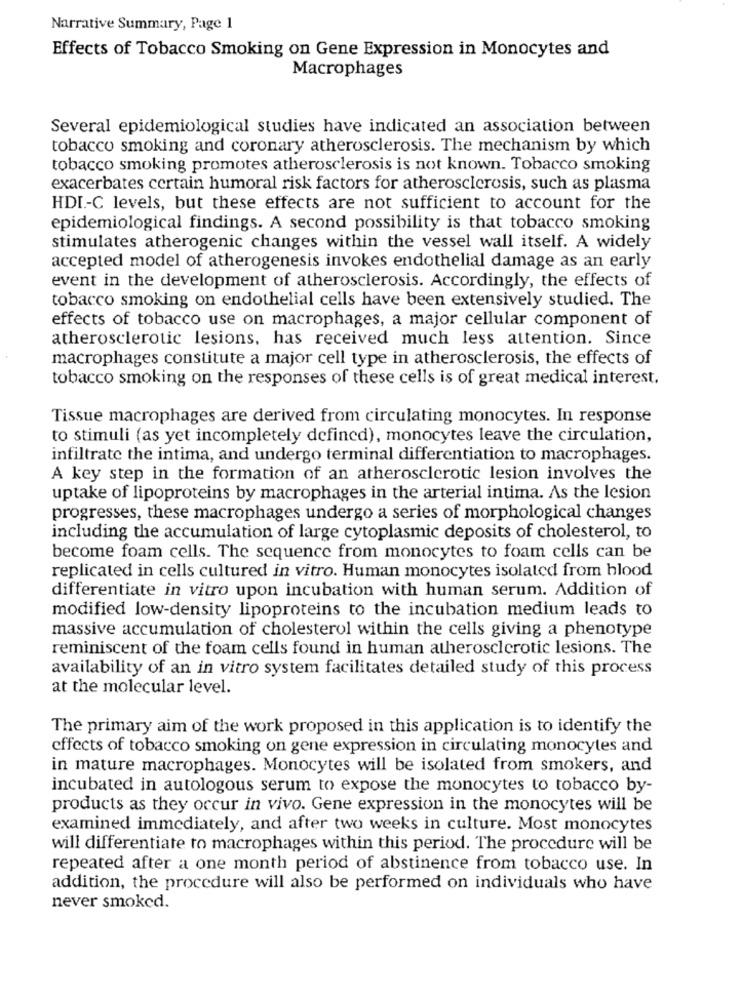
Narrative Summary, Page 1
Effects of Tobacco Smoking on Gene Expression in Monocytes and
Macrophages
Several epidemiological studies have indicated an association between
tobacco smoking and coronary atherosclerosis. The mechanism by which
tobacco smoking promotes atherosclerosis is not known. Tobacco smoking
exacerbates certain humoral risk factors for atherosclerosis, such as plasma
HDI .- C levels, but these effects are not sufficient to account for the
epidemiological findings. A second possibility is that tobacco smoking
stimulates atherogenic changes within the vessel wall itself. A widely
accepted model of atherogenesis invokes endothelial damage as an early
event in the development of atherosclerosis. Accordingly, the effects of
tobacco smoking on endothelial cells have been extensively studied. The
effects of tobacco use on macrophages, a major cellular component of
atherosclerotic lesions, has received much less attention. Since
macrophages constitute a major cell type in atherosclerosis, the effects of
tobacco smoking on the responses of these cells is of great medical interest.
Tissue macrophages are derived from circulating monocytes. In response
to stimuli (as yet incompletely defined), monocytes leave the circulation,
infiltrate the intima, and undergo terminal differentiation to macrophages.
A key step in the formation of an atherosclerotic lesion involves the
uptake of lipoproteins by macrophages in the arterial intima. As the lesion
progresses, these macrophages undergo a series of morphological changes
including the accumulation of large cytoplasmic deposits of cholesterol, to
become foam cells. The sequence from monocytes to foam cells can be
replicated in cells cultured in vitro. Human monocytes isolated from blood
differentiate in vitro upon incubation with human serum. Addition of
modified low-density lipoproteins to the incubation medium leads to
massive accumulation of cholesterol within the cells giving a phenotype
reminiscent of the foam cells found in human atherosclerotic lesions. The
availability of an in vitro system facilitates detailed study of this process
at the molecular level.
The primary aim of the work proposed in this application is to identify the
effects of tobacco smoking on gene expression in circulating monocytes and
in mature macrophages. Monocytes will be isolated from smokers, and
incubated in autologous serum to expose the monocytes to tobacco by-
products as they occur in vivo. Gene expression in the monocytes will be
examined immediately, and after two weeks in culture. Most monocytes
will differentiate to macrophages within this period. The procedure will be
repeated after a one month period of abstinence from tobacco use. In
addition, the procedure will also be performed on individuals who have
never smoked.